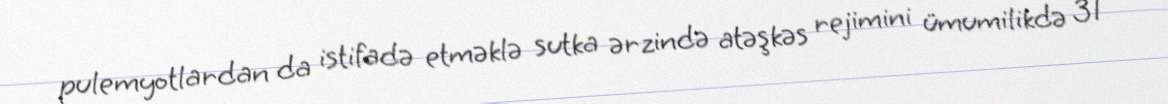
pulemyotlardan da istifadə etməklə sutka ərzində atəşkəs rejimini ümumilikdə 31